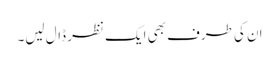
ان کی طرف بھی ایک نظر ڈال لیں۔